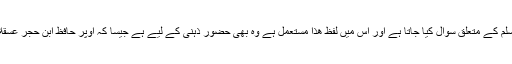
اسی طرح جو قبر میں رسول اکرم صلی اللہ علیہ وسلم کے متعلق سوال کیا جاتا ہے اور اِس میں لفظ ھَذَا مستعمل ہے وہ بھی حضورِ ذہنی کے لیے ہے جیسا کہ اُوپر حافظ ابنِ حجر عسقلابی رحمتہ اللہ علیہ کے حوالہ سے گزر چکا ہے ۔